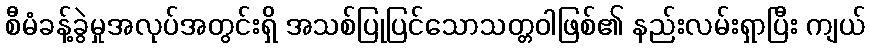
စီမံခန့်ခွဲမှုအလုပ်အတွင်းရှိ အသစ်ပြုပြင်သောသတ္တဝါဖြစ်၏ နည်းလမ်းရှာပြီး ကျယ်